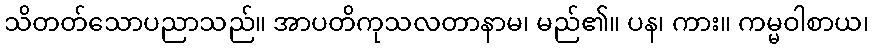
သိတတ်သောပညာသည်။ အာပတိကုသလတာနာမ၊ မည်၏။ ပန၊ ကား။ ကမ္မဝါစာယ၊